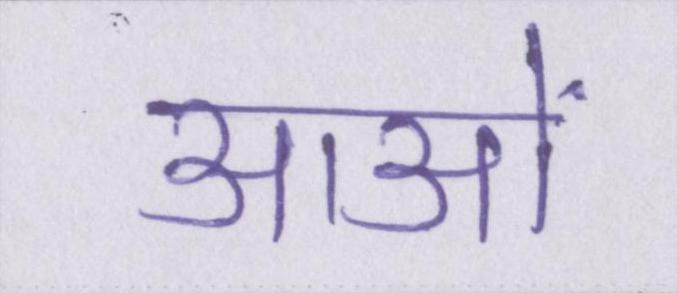
आओं